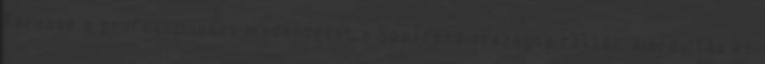
Keresse a professzionális medencéket a SpaTrend országos raktár-kiárusítás és